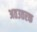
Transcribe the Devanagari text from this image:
अतउतरक